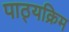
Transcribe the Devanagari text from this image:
पाठ्यक्रिम